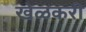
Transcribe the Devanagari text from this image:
खेळकरी